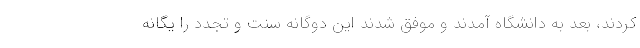
کردند، بعد به دانشگاه آمدند و موفق شدند این دوگانه سنت و تجدد را یگانه